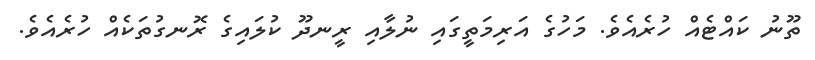
ތޫނު ކައްޓެއް ހުރެއެވެ. މަހުގެ އަރިމަތީގައި ނުލާއި ރީނދޫ ކުލައިގެ ރޮނގުތަކެއް ހުރެއެވެ.